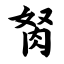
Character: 胬